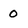
Character: 0